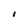
Character: i